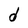
Character: d